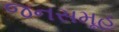
જનસમૂહ